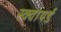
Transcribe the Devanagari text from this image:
स्क्वायर्ड